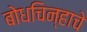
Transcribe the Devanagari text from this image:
बोधचिन्हाचे